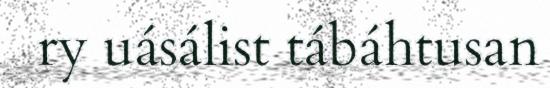
ry uásálist tábáhtusan